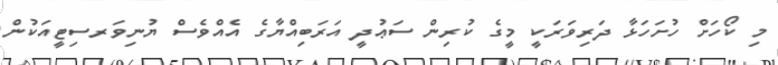
މި ކޯހަށް ހުށަހަޅާ ދަރިވަރަކީ މީގެ ކުރިން ސަޢުދީ އަރަބިއްޔާގެ އެއްވެސް ޔުނިވަރސިޓީއަކުން